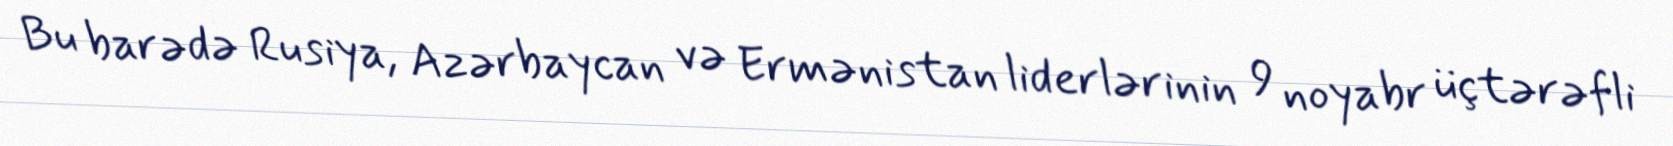
Bu barədə Rusiya, Azərbaycan və Ermənistan liderlərinin 9 noyabr üçtərəfli